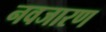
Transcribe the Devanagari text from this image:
नवजारण